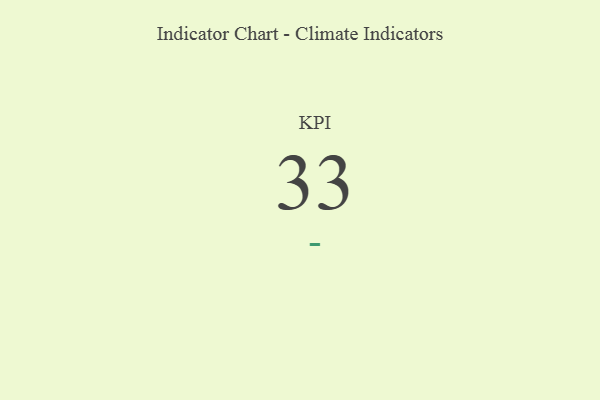
{"axis": {"x": "KPI", "y": "Value"}, "legend": [""], "data": [{"x": "KPI", "y": 33, "type": ""}]}